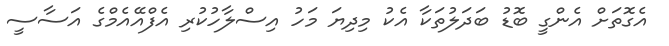
އެގޮތަށް އެންގީ ބޮޑު ބަދަލުތަކާ އެކު މިދިޔަ މަހު އިސްލާހުކުރި އެފްއޭއެެމްގެ އަސާސީ